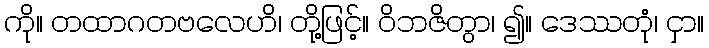
ကို။ တထာဂတဗလေဟိ၊ တို့ဖြင့်။ ဝိဘဇိတွာ၊ ၍။ ဒေဿတုံ၊ ငှာ။